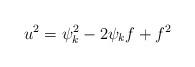
LaTeX: \begin{align*}u^2 = \psi_k^2-2\psi_kf+f^2\end{align*}